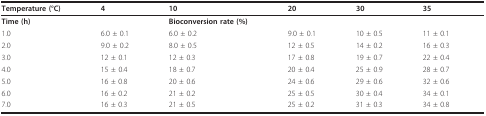
<table><thead><tr><td><b>Temperature (°C)</b></td><td><b>4</b></td><td><b>10</b></td><td><b>20</b></td><td><b>30</b></td><td><b>35</b></td></tr></thead><tbody><tr><td><b>Time (h)</b></td><td></td><td><b>Bioconversion rate (%)</b></td><td></td><td></td><td></td></tr><tr><td>1.0</td><td>6.0 ± 0.1</td><td>6.0 ± 0.2</td><td>9.0 ± 0.1</td><td>10 ± 0.5</td><td>11 ± 0.1</td></tr><tr><td>2.0</td><td>9.0 ± 0.2</td><td>8.0 ± 0.5</td><td>12 ± 0.5</td><td>14 ± 0.2</td><td>16 ± 0.3</td></tr><tr><td>3.0</td><td>12 ± 0.1</td><td>12 ± 0.3</td><td>17 ± 0.8</td><td>19 ± 0.7</td><td>22 ± 0.4</td></tr><tr><td>4.0</td><td>15 ± 0.4</td><td>18 ± 0.7</td><td>20 ± 0.4</td><td>25 ± 0.9</td><td>28 ± 0.7</td></tr><tr><td>5.0</td><td>16 ± 0.8</td><td>20 ± 0.6</td><td>24 ± 0.6</td><td>29 ± 0.6</td><td>32 ± 0.6</td></tr><tr><td>6.0</td><td>16 ± 0.2</td><td>21 ± 0.2</td><td>25 ± 0.5</td><td>30 ± 0.4</td><td>34 ± 0.1</td></tr><tr><td>7.0</td><td>16 ± 0.3</td><td>21 ± 0.5</td><td>25 ± 0.2</td><td>31 ± 0.3</td><td>34 ± 0.8</td></tr></tbody></table>